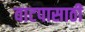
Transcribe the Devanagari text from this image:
वाटपासाठी